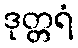
ဒုတ္တရံ